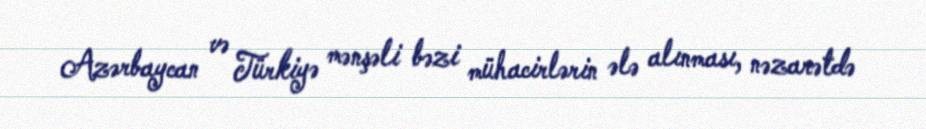
Azərbaycan və Türkiyə mənşəli bəzi mühacirlərin ələ alınması, nəzarətdə